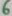
Text: 6